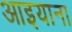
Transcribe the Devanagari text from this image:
आइयाना